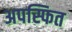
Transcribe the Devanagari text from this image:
अपस्फित